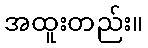
အထူးတည်း။